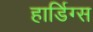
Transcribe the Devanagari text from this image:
हार्डिग्स